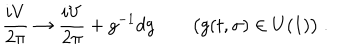
{ \frac { i V } { 2 \pi } } \rightarrow { \frac { i V } { 2 \pi } } + g ^ { - 1 } d g \qquad \big ( g ( t , \sigma ) \in U ( 1 ) \big ) \ .